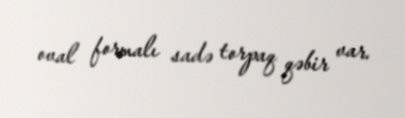
oval formalı sadə torpaq qəbir var.